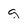
Character: g